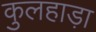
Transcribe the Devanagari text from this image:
कुलहाड़ा